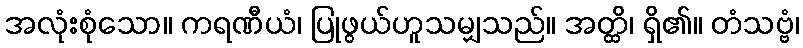
အလုံးစုံသော။ ကရဏီယံ၊ ပြုဖွယ်ဟူသမျှသည်။ အတ္ထိ၊ ရှိ၏။ တံသဗ္ဗံ၊